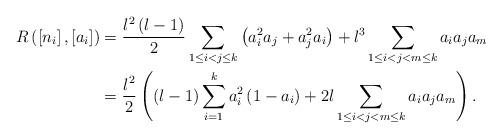
LaTeX: \begin{align*}R\left( \left[ n_{i}\right] ,\left[ a_{i}\right] \right) &=\frac{l^{2}\left( l-1\right) }{2}\sum_{1\leq i<j\leq k}\left( a_{i}^{2}a_{j}+a_{j}^{2}a_{i}\right) +l^{3}\sum_{1\leq i<j<m\leq k}a_{i}a_{j}a_{m}\\& =\frac{l^{2}}{2}\left( \left( l-1\right) \sum_{i=1}^{k}a_{i}^{2}\left(1-a_{i}\right) +2l\sum_{1\leq i<j<m\leq k}a_{i}a_{j}a_{m}\right) .\end{align*}